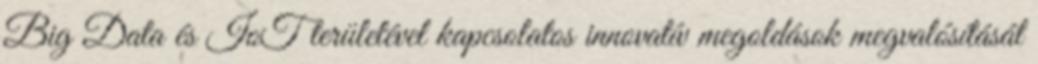
Big Data és IoT területével kapcsolatos innovatív megoldások megvalósítását